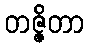
တဇ္ဇိတာ